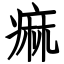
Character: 痲